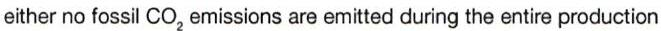
either no fossil CO2 emissions are emitted during the entire production